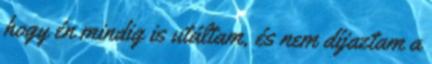
hogy én mindig is utáltam, és nem díjaztam a